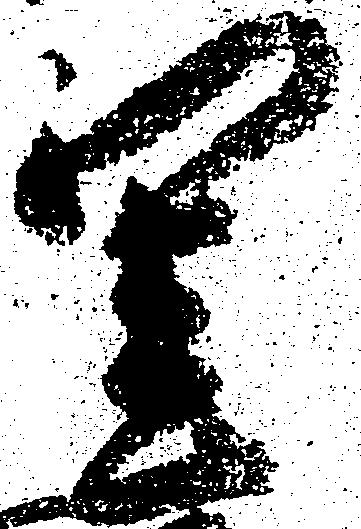
閨